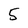
Character: 5